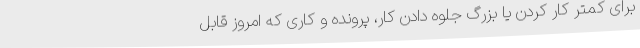
برای کمتر کار کردن یا بزرگ جلوه دادن کار، پرونده و کاری که امروز قابل